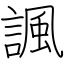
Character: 諷